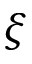
\xi